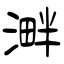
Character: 溿